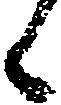
候